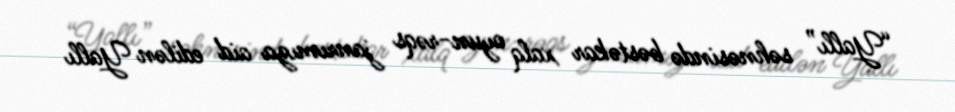
“Yallı” səhnəsində bəstəkar xalq oyun-rəqs janrımıza aid edilən Yallı